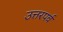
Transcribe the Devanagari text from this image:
उत्तरपर्व